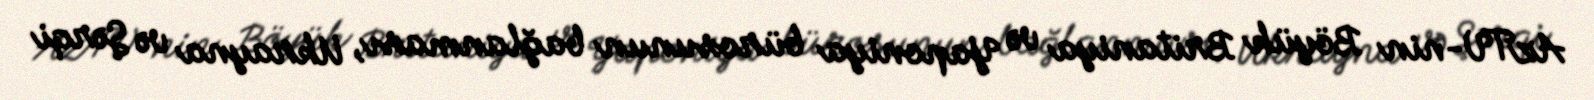
AzTV-nin Böyük Britaniya və Yaponiya bürosunun bağlanması, Ukrayna və Şərqi